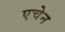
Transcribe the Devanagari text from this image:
एचेन